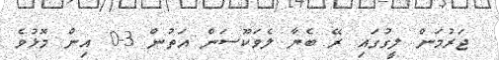
ޖަރުމަން ލީގުގައި ރޭ ބެޔާ ލެވަކޫސަން އަތުން 3-0 އިން މޮޅުވެ